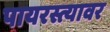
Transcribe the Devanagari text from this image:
पायरस्त्यावर